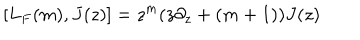
LaTeX: [ L _ { F } ( m ) , J ( z ) ] = z ^ { m } ( z \partial _ { z } + ( m + 1 ) ) J ( z )